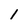
Character: 1